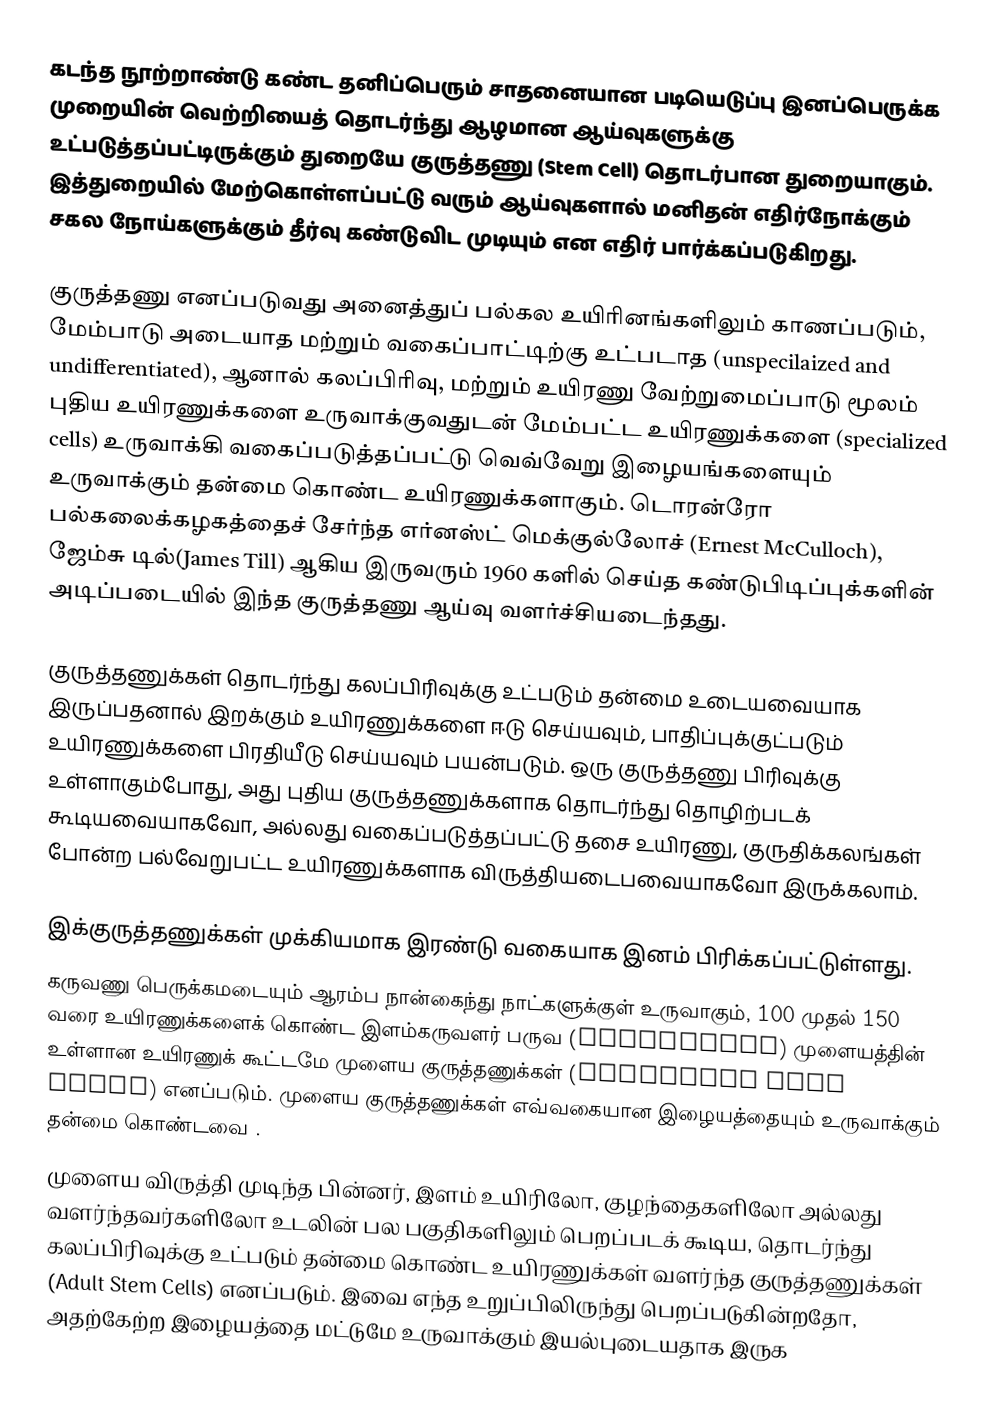
கடந்த நூற்றாண்டு கண்ட தனிப்பெரும் சாதனையான படியெடுப்பு இனப்பெருக்க முறையின் வெற்றியைத் தொடர்ந்து ஆழமான ஆய்வுகளுக்கு உட்படுத்தப்பட்டிருக்கும் துறையே குருத்தணு (Stem Cell) தொடர்பான துறையாகும். இத்துறையில் மேற்கொள்ளப்பட்டு வரும் ஆய்வுகளால் மனிதன் எதிர்நோக்கும் சகல நோய்களுக்கும் தீர்வு கண்டுவிட முடியும் என எதிர் பார்க்கப்படுகிறது.

குருத்தணு எனப்படுவது அனைத்துப் பல்கல உயிரினங்களிலும் காணப்படும், மேம்பாடு அடையாத மற்றும் வகைப்பாட்டிற்கு உட்படாத (unspecilaized and undifferentiated), ஆனால் கலப்பிரிவு, மற்றும் உயிரணு வேற்றுமைப்பாடு மூலம் புதிய உயிரணுக்களை உருவாக்குவதுடன் மேம்பட்ட உயிரணுக்களை (specialized cells) உருவாக்கி வகைப்படுத்தப்பட்டு வெவ்வேறு இழையங்களையும் உருவாக்கும் தன்மை கொண்ட உயிரணுக்களாகும். டொரன்ரோ பல்கலைக்கழகத்தைச் சேர்ந்த எர்னஸ்ட் மெக்குல்லோச் (Ernest McCulloch), ஜேம்சு டில்(James Till) ஆகிய இருவரும் 1960 களில் செய்த கண்டுபிடிப்புக்களின் அடிப்படையில் இந்த குருத்தணு ஆய்வு வளர்ச்சியடைந்தது.

குருத்தணுக்கள் தொடர்ந்து கலப்பிரிவுக்கு உட்படும் தன்மை உடையவையாக இருப்பதனால் இறக்கும் உயிரணுக்களை ஈடு செய்யவும், பாதிப்புக்குட்படும் உயிரணுக்களை பிரதியீடு செய்யவும் பயன்படும். ஒரு குருத்தணு பிரிவுக்கு உள்ளாகும்போது, அது புதிய குருத்தணுக்களாக தொடர்ந்து தொழிற்படக் கூடியவையாகவோ, அல்லது வகைப்படுத்தப்பட்டு தசை உயிரணு, குருதிக்கலங்கள் போன்ற பல்வேறுபட்ட உயிரணுக்களாக விருத்தியடைபவையாகவோ இருக்கலாம்.

இக்குருத்தணுக்கள் முக்கியமாக இரண்டு வகையாக இனம் பிரிக்கப்பட்டுள்ளது.
கருவணு பெருக்கமடையும் ஆரம்ப நான்கைந்து நாட்களுக்குள் உருவாகும், 100 முதல் 150 வரை உயிரணுக்களைக் கொண்ட இளம்கருவளர் பருவ (blastocyst) முளையத்தின் உள்ளான உயிரணுக் கூட்டமே முளைய குருத்தணுக்கள் (Embryonic Stem Cells) எனப்படும். முளைய குருத்தணுக்கள் எவ்வகையான இழையத்தையும் உருவாக்கும் தன்மை கொண்டவை .
முளைய விருத்தி முடிந்த பின்னர், இளம் உயிரிலோ, குழந்தைகளிலோ அல்லது வளர்ந்தவர்களிலோ உடலின் பல பகுதிகளிலும் பெறப்படக் கூடிய, தொடர்ந்து கலப்பிரிவுக்கு உட்படும் தன்மை கொண்ட உயிரணுக்கள் வளர்ந்த குருத்தணுக்கள் (Adult Stem Cells) எனப்படும். இவை எந்த உறுப்பிலிருந்து பெறப்படுகின்றதோ, அதற்கேற்ற இழையத்தை மட்டுமே உருவாக்கும் இயல்புடையதாக இருக